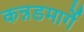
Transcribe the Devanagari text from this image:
कन्नडमार्गे